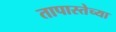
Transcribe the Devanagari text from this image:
तापास्तेच्या